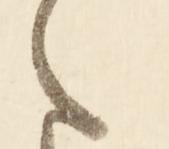
ま